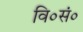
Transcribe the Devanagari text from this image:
वि०सं०